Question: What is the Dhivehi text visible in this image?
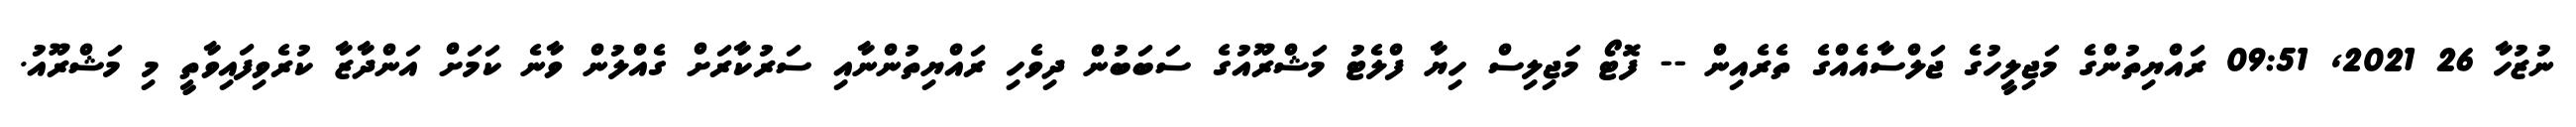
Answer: ނުޒުހާ 26 2021, 09:51 ރައްޔިތުންގެ މަޖިލީހުގެ ޖަލްސާއެއްގެ ތެރެއިން -- ފޮޓޯ މަޖިލިސް ހިޔާ ފްލެޓު މަޝްރޫއުގެ ސަބަބުން ދިވެހި ރައްޔިތުންނާއި ސަރުކާރަށް ގެއްލުން ވާނެ ކަމަށް އަންދާޒާ ކުރެވިފައިވާތީ މި މަޝްރޫއު.